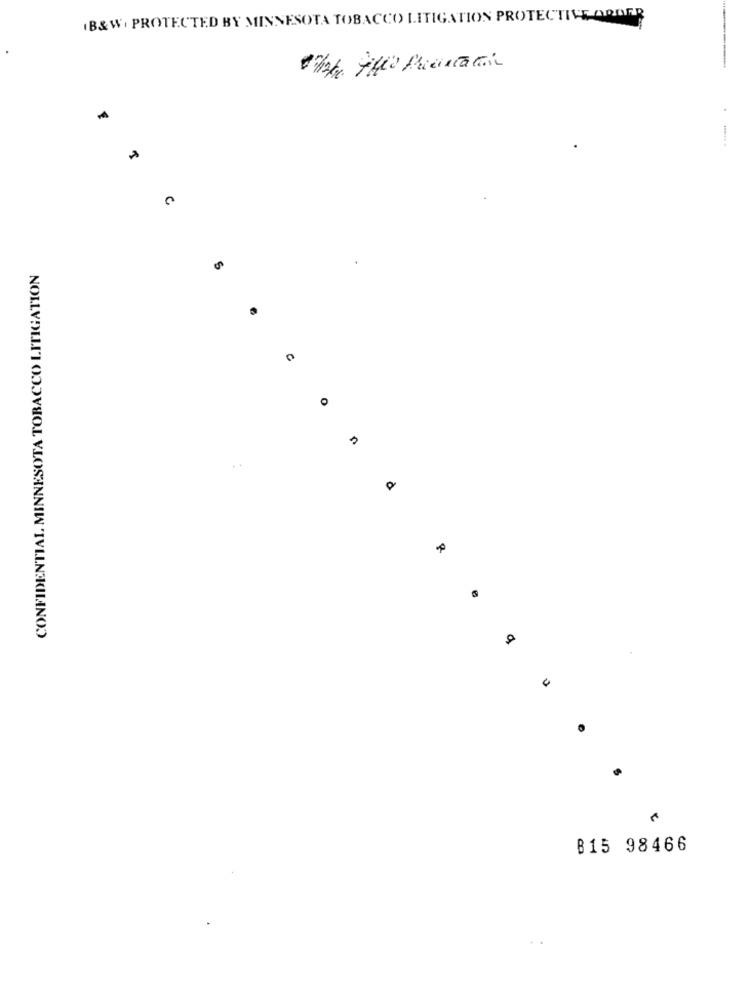
(B&W) PROTECTED BY MINNESOTA TOBACCO LITIGATION PROTECTIVE AROER
.
CONFIDENTIAL MINNESOTA TOBACCO LITIGATION
e
B15 98466